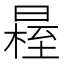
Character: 𣉴